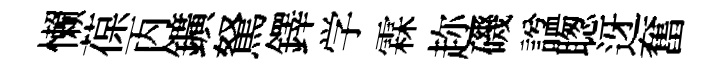
懒葆丙鑛駑鐸学霖趂磯諡聦迓奮